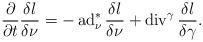
LaTeX: \begin{align*}\frac{\partial }{\partial t}\frac{\delta l}{\delta\nu}=-\operatorname{ad}^*_\nu\frac{\delta l}{\delta\nu}+\operatorname{div}^\gamma\frac{\delta l}{\delta\gamma}.\end{align*}